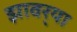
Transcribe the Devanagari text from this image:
झावर्‍या